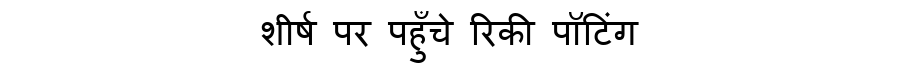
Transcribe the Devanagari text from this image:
शीर्ष पर पहुँचे रिकी पॉटिंग